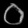
Digit: ၀